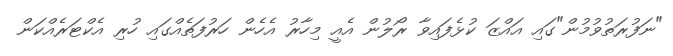
"ނަފުރަތުވުމުން"ގައި އައްޒަ ކުޅެފައިވާ ރޯލުން އެއީ މިހާރު އެހެން ހަރުފަތެއްގައި ހުރި އެކްޓަރެއްކަން